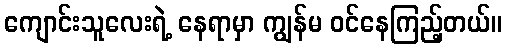
ကျောင်းသူလေးရဲ့ နေရာမှာ ကျွန်မ ဝင်နေကြည့်တယ်။